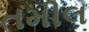
તમીલ